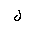
Letter: _lam